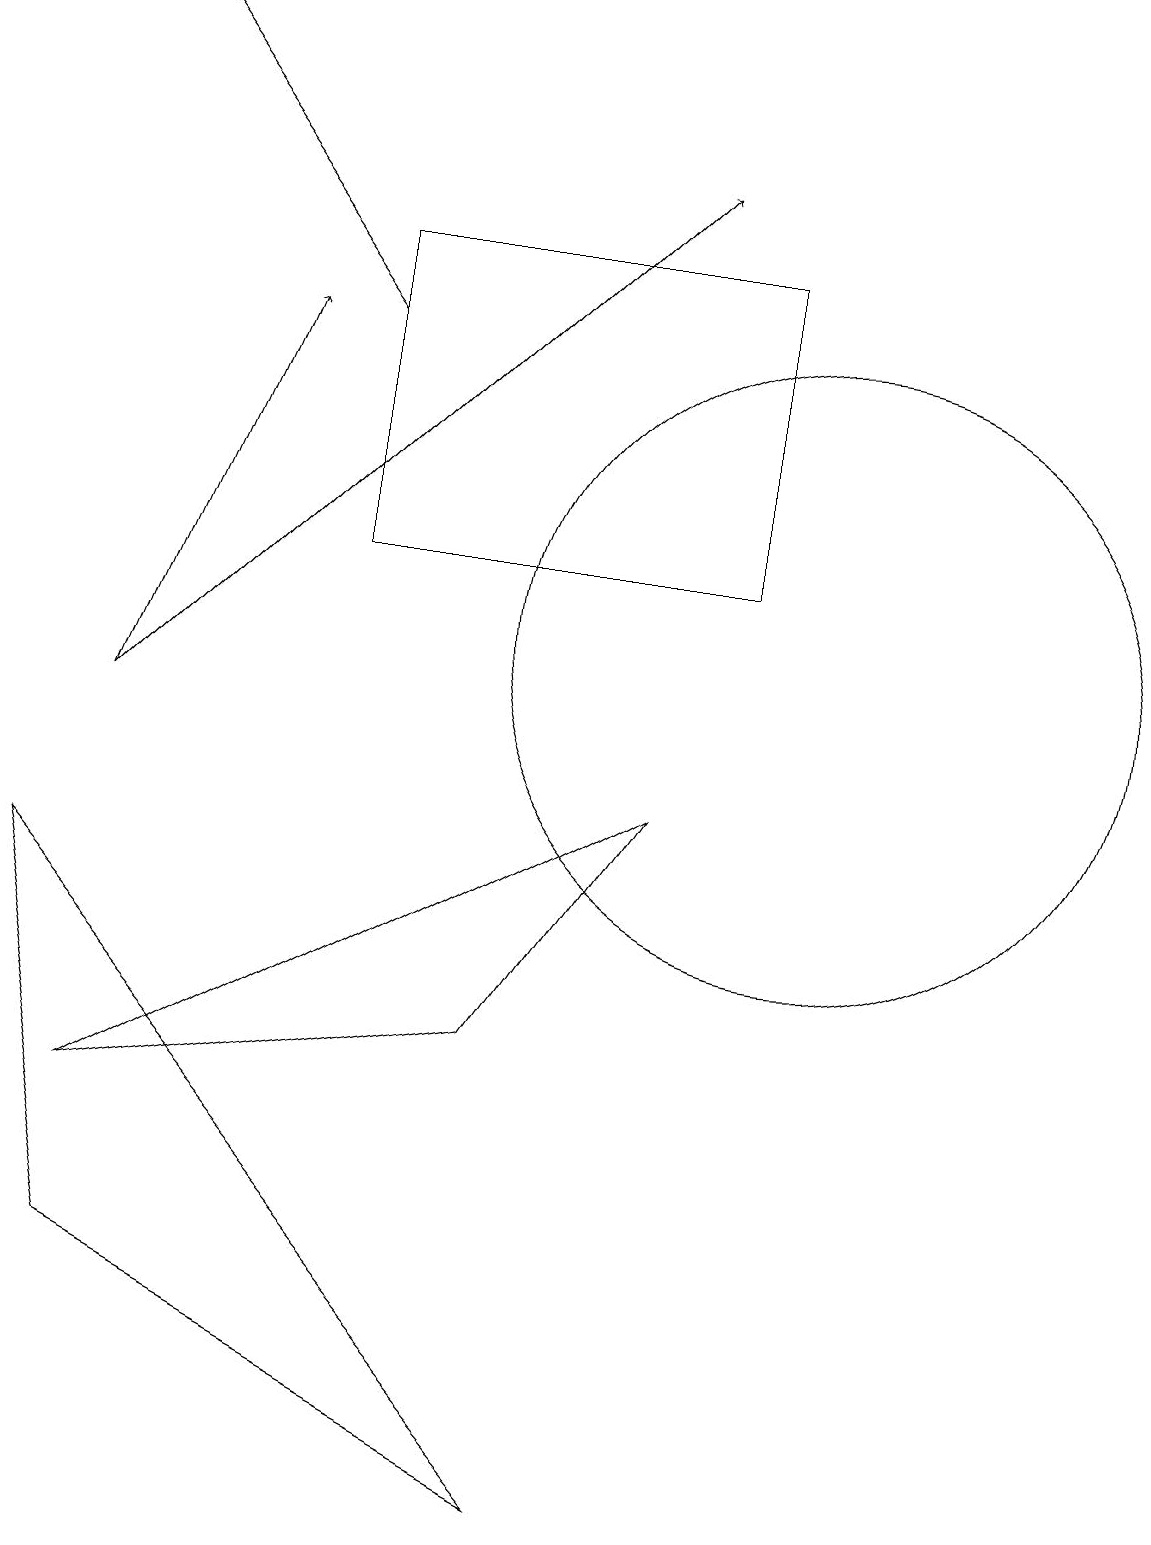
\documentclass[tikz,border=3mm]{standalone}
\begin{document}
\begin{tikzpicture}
\draw[->] (1,10) -- (8,17);
\draw[->] (4,15) -- (1,19);
\draw (0,8) -- (7,0) -- (1,3) -- cycle;
\draw (1,5) -- (8,9) -- (6,6) -- cycle;
\draw (4,12) rectangle (9,16);
\draw (10,11) circle (4);
\draw[->] (1,10) -- (3,15);
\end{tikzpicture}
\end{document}